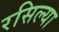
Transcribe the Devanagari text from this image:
रसिल्या